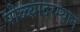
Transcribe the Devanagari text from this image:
पोळ्यादरम्यान